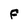
Character: F